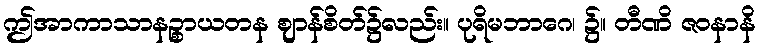
ဤအာကာသာနဉ္စာယတန ဈာန်စိတ်၌လည်း။ ပုရိမဘာဂေ၊ ၌။ တီဏိ ဇဝနာနိ